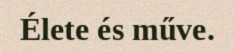
Élete és műve.